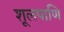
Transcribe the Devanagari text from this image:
शूलपाणि